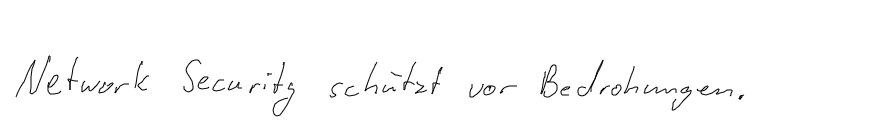
Network Security schützt vor Bedrohungen.